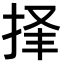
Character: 𪭲